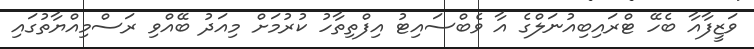
ވަޒީފާއާ ބެހޭ ޓްރައިބިއުނަލްގެ އާ ވެބްސައިޓު އިފްތިތާހު ކުރުމަށް މިއަދު ބޭއްވި ރަސްމިއްޔާތުގައި